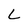
Character: L